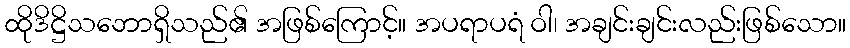
ထိုဒိဋ္ဌိသဘောရှိသည်၏ အဖြစ်ကြောင့်။ အပရာပရံ ဝါ၊ အချင်းချင်းလည်းဖြစ်သော။